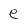
Character: e